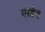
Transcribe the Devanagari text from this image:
एरंडेल